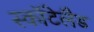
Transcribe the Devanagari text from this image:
स्कॉटेलैड